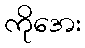
ကိုအေး